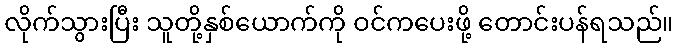
လိုက်သွားပြီး သူတို့နှစ်ယောက်ကို ဝင်ကပေးဖို့ တောင်းပန်ရသည်။